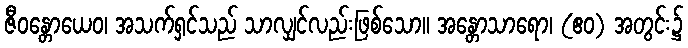
ဇီဝန္တောယေဝ၊ အသက်ရှင်သည် သာလျှင်လည်းဖြစ်သော။ အန္တောသာရော၊ (ဧဝ) အတွင်း၌